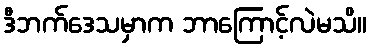
ဒီဘက်ဒေသမှာက ဘာကြောင့်လဲမသိ။